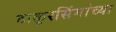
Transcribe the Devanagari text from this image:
ठाकूरसिंगांच्या